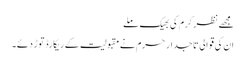
مجھے نظر کرم کی بھیک ملے
ان کی قوالی تاجدار حرم نے مقبولیت کے ریکارڈ توڑ دئے۔